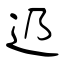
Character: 辸